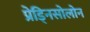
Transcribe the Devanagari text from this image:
प्रेड्निसोलोन